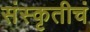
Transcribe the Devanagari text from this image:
संस्कृतीचं